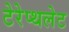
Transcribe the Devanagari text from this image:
टेरेप्थलेट